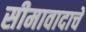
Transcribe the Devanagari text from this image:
सीमावादाचे